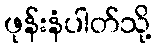
ဖုန်းနံပါတ်သို့